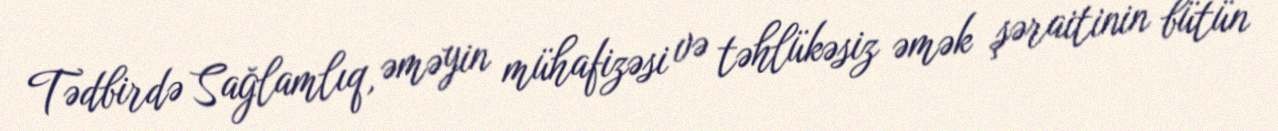
Tədbirdə Sağlamlıq, əməyin mühafizəsi və təhlükəsiz əmək şəraitinin bütün